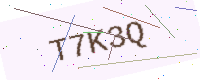
Text: T7K3Q